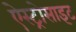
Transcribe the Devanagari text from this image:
ऐस्ट्रोसाइट